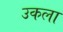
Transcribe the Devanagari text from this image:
उकला